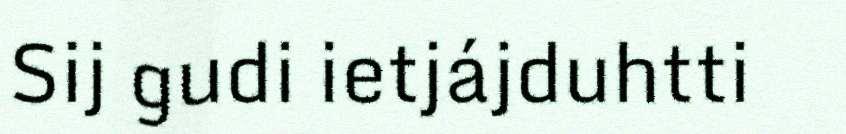
Sij gudi ietjájduhtti